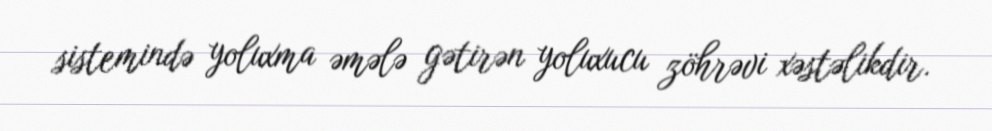
sistemində yoluxma əmələ gətirən yoluxucu zöhrəvi xəstəlikdir.